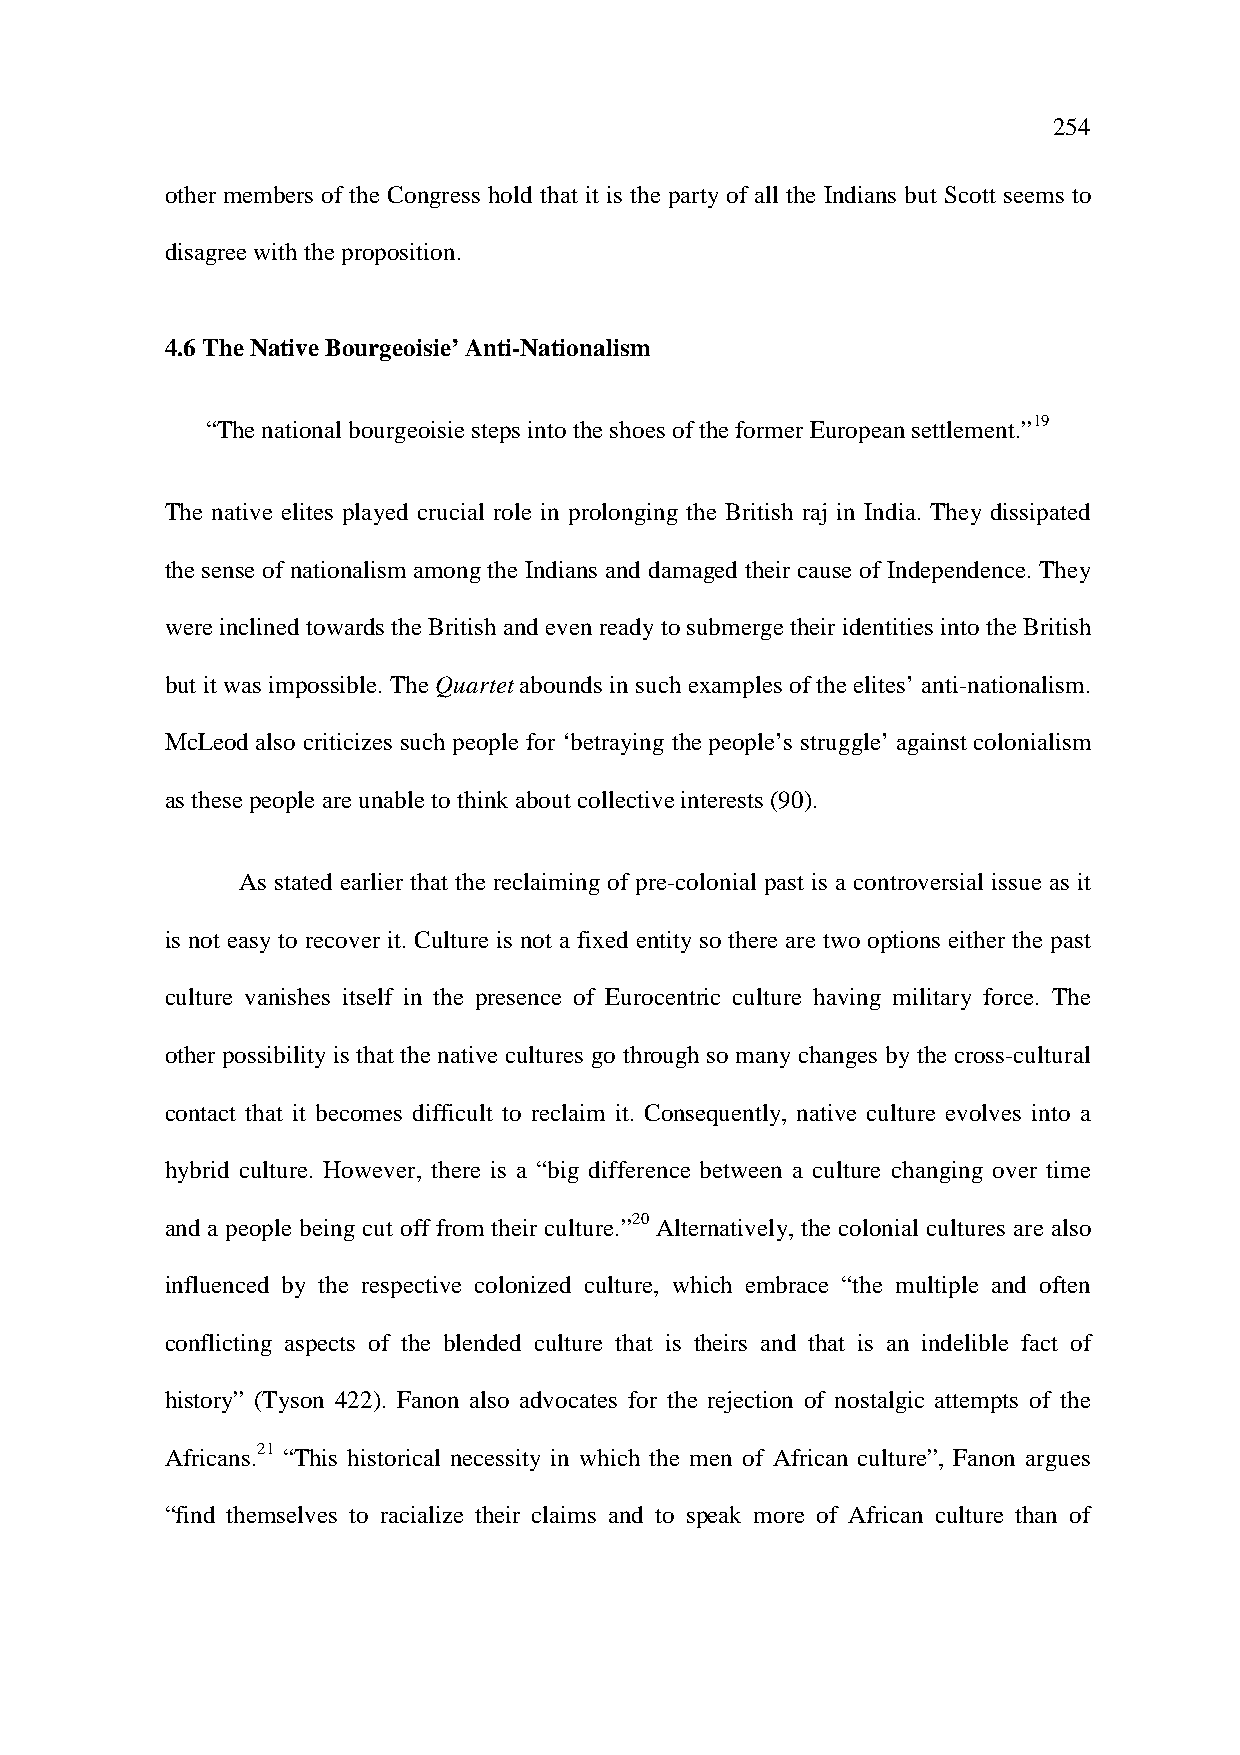
254
 other members of the Congress hold that it is the party of all the Indians but Scott seems to
 disagree with the proposition.
 4.6 The Native Bourgeoisie’ Anti-Nationalism
 “The national bourgeoisie steps into the shoes of the former European settlement.”19
 The native elites played crucial role in prolonging the British raj in India. They dissipated
 the sense of nationalism among the Indians and damaged their cause of Independence. They
 were inclined towards the British and even ready to submerge their identities into the British
 but it was impossible. The Quartet abounds in such examples of the elites’ anti-nationalism.
 McLeod also criticizes such people for ‘betraying the people’s struggle’ against colonialism
 as these people are unable to think about collective interests (90).
 As stated earlier that the reclaiming of pre-colonial past is a controversial issue as it
 is not easy to recover it. Culture is not a fixed entity so there are two options either the past
 culture vanishes itself in the presence of Eurocentric culture having military force. The
 other possibility is that the native cultures go through so many changes by the cross-cultural
 contact that it becomes difficult to reclaim it. Consequently, native culture evolves into a
 hybrid culture. However, there is a “big difference between a culture changing over time
 and a people being cut off from their culture.”20 Alternatively, the colonial cultures are also
 influenced by the respective colonized culture, which embrace “the multiple and often
 conflicting aspects of the blended culture that is theirs and that is an indelible fact of
 history” (Tyson 422). Fanon also advocates for the rejection of nostalgic attempts of the
 Africans.21 “This historical necessity in which the men of African culture”, Fanon argues
 “find themselves to racialize their claims and to speak more of African culture than of